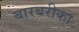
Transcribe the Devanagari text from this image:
बारबरीका